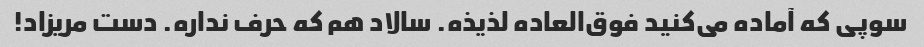
سوپی که آماده می‌کنید فوق‌العاده لذیذه. سالاد هم که حرف نداره. دست مریزاد!